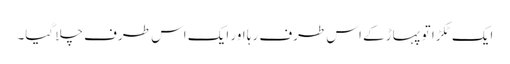
ایک ٹکڑا تو پہاڑ کے اس طرف رہا اور ایک اس طرف چلا گیا۔